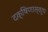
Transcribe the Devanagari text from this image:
दक्षिणास्वरुप